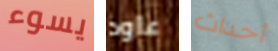
يسوء عاود أحداث